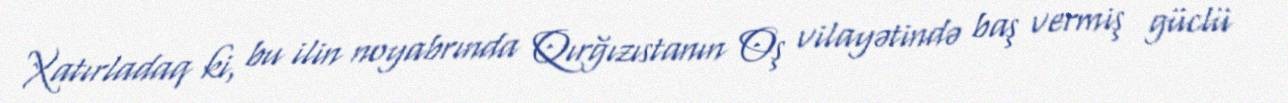
Xatırladaq ki, bu ilin noyabrında Qırğızıstanın Oş vilayətində baş vermiş güclü